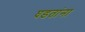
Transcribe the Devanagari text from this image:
घडतांना